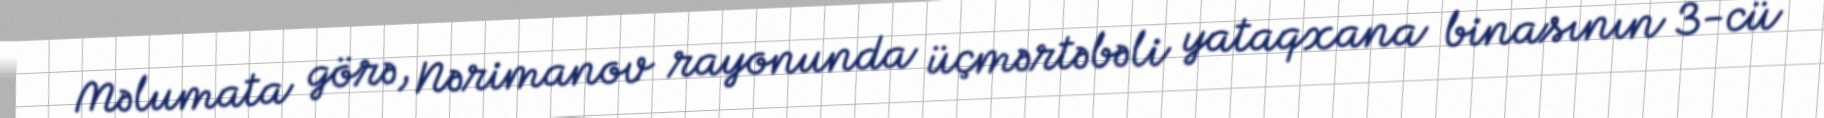
Məlumata görə, Nərimanov rayonunda üçmərtəbəli yataqxana binasının 3-cü